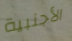
الأجنبية